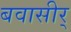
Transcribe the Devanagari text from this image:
बवासीर्